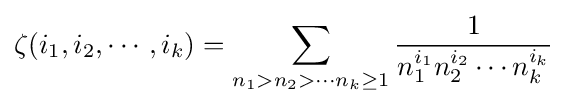
\zeta (i_{1},i_{2},\cdots ,i_{k})=\sum _{n_{1}>n_{2}>\cdots n_{k}\geq 1}{\frac {1}{n_{1}^{i_{1}}n_{2}^{i_{2}}\cdots n_{k}^{i_{k}}}}